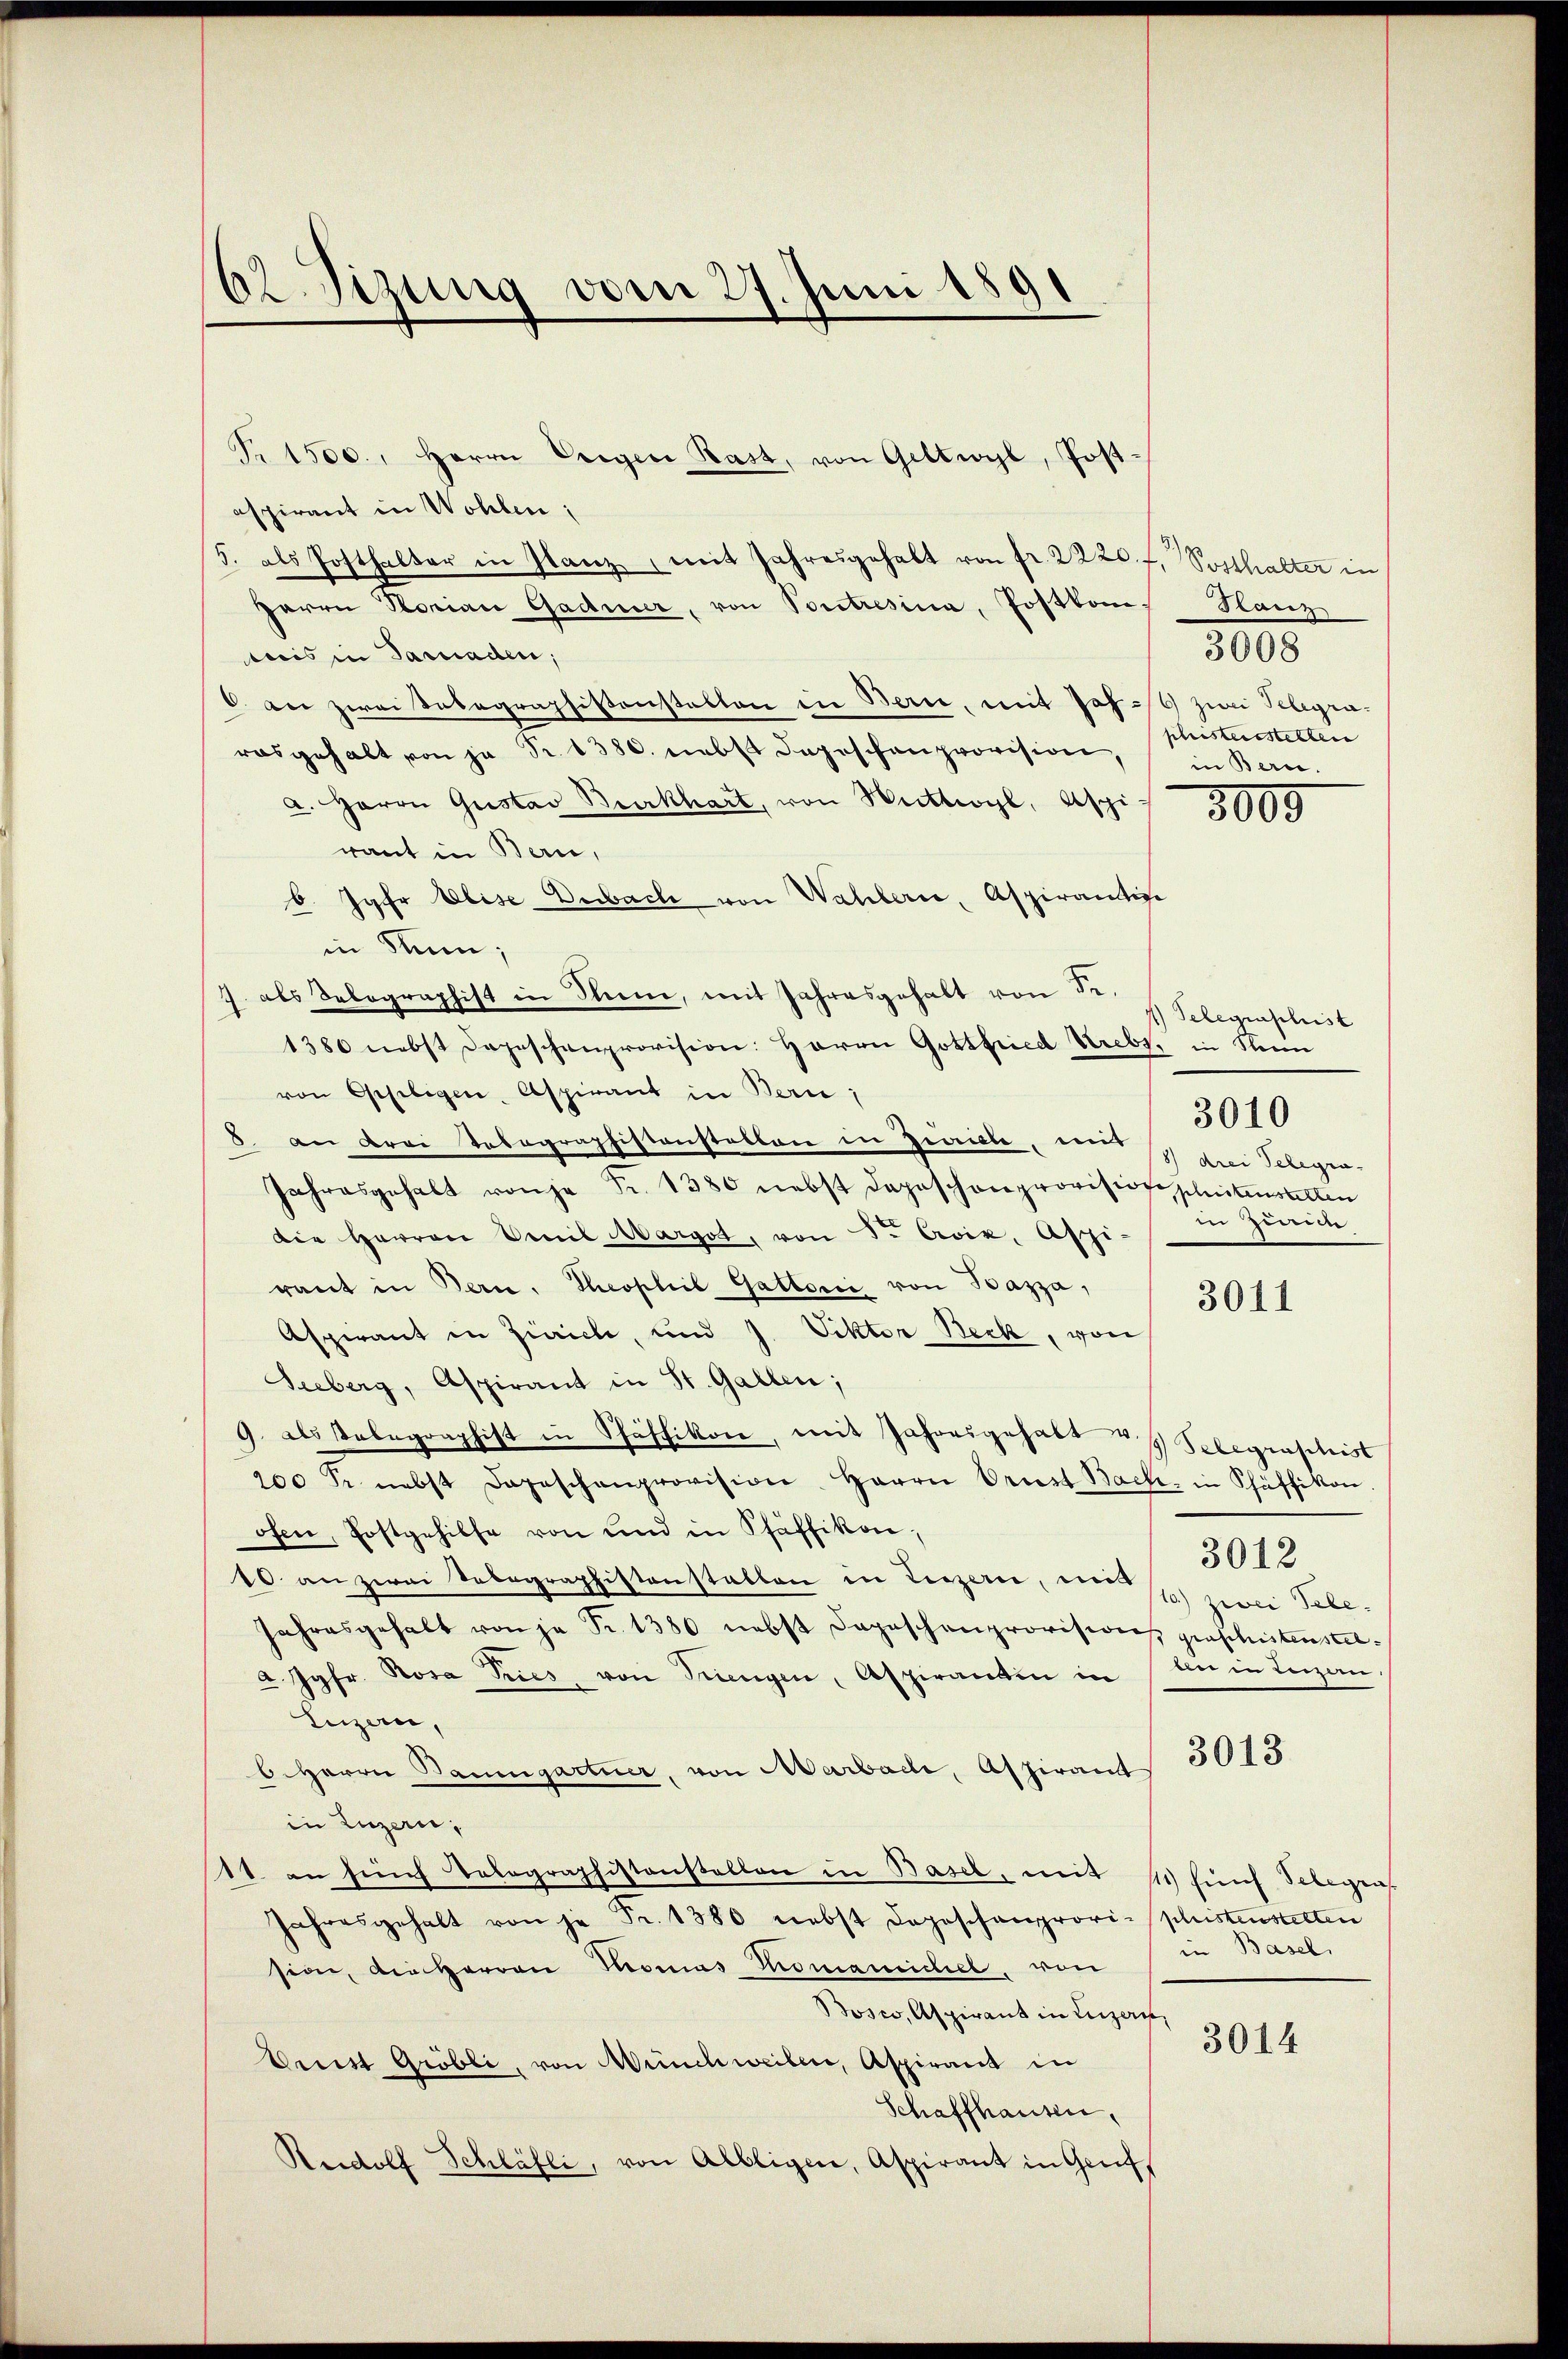
62. Sizung vom 27. Juni 1891

T. 1500., Herrn Vergen Bast, von Geltwyl, Postaspirant in Wohlen:
5. als Posthalter in Glanz mit Jahresgehalt von fr. 2220 f. Posthalter in
Herrn Porian Gadmer, von Pontresina, Postkomit Flanz
mnis in Paraden,
6. der zwei Dabegraphisonstalten in Bern, mit Jos: zwei Telegrarasgehalt von je Nr. 1380. nebst Depeschenprovision,
a. Herrn Gustav Burkhart, von Mittwyl, Aspi
raut in Bern,
6. Jahr Elise Debach von Wahlern, Aspirantis
in Sum;
J. als Delegraphist in Plane, mit Jahresgehalt von Se.
1380 nebst dageschenprovision: Herrn Gottfried Strebs, in Stein
von Geseligen, Aspirant in Bern;
n drei Totographisonstatten in Zivile, mit
Jahresgehalt von je Fr. 1380 nebst depeschon provisionslistenstellen
die Herren Emil Margot, von Sr. Ersiz, Aspiraut in Bern. Theophil Gattorii von Bazza,
Aspirant in Zürich, und J. Viktor Beck, von
Seeberg, Aspirant in St. Gallen;
9. als Telegraphist in Schäffikon, mit Jahresgehabt u. s. Selegraphist
200 Fr. nebst Depeschenprovision Herrn Orist Bach in Schäffikon.
ofen, Postgehilfe von und in Pfäffikon,
10 an zwei Selographistenstallen in Luzern, wie sei Tabe¬
Jahresgehalt von je Fr. 1380 nebst Depeschenprovisions, groschistenstela. Jgfr. Rosa Pries von Triengen, Aspirantin in die in Lezan.
Luzan,
6 Herrn Baumgartner, von Marbache, Aspiramt
in Luzern,
11. an fürch Belographistonstallen in Basel, mit 113 fünf Seegen.
Jahresgehalt von je Fr. 1380 nebst dageschenprovi- schristenstetten
sion, die Herren Thomas Komansichel, von
Bosco, Aspirant in Luzern,
Durist Gröbli, von Münchweilen, Aspirant in
Schaffhausen,
Rudolf Schläfli, von Albligen, Aspirant in Genf,

phristersstellen
in Bern.

3008

3005

1) Gelegenschrist
8) drei Telegra-
in Zürich

3010

3011

3012

3013

in Basel

3014